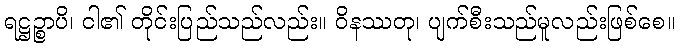
ရဋ္ဌဉ္စာပိ၊ ငါ၏ တိုင်းပြည်သည်လည်း။ ဝိနဿတု၊ ပျက်စီးသည်မူလည်းဖြစ်စေ။